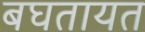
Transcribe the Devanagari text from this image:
बघतायत